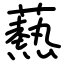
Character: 爇